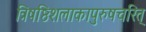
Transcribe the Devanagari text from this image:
त्रिषष्ठिशलाकापुरुषचरित्